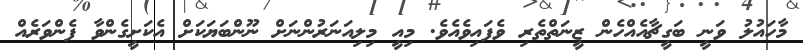
މާހައުލު ވަނީ ބަގީޗާއެއްހެން ޒީނަތްތެރި ވެފައިވެއެވެ. މިއީ މިލިއަނަރުންނަށް ނޫންބަޔަކަށް އެކަށީގެންވާ ފެންވަރެއް